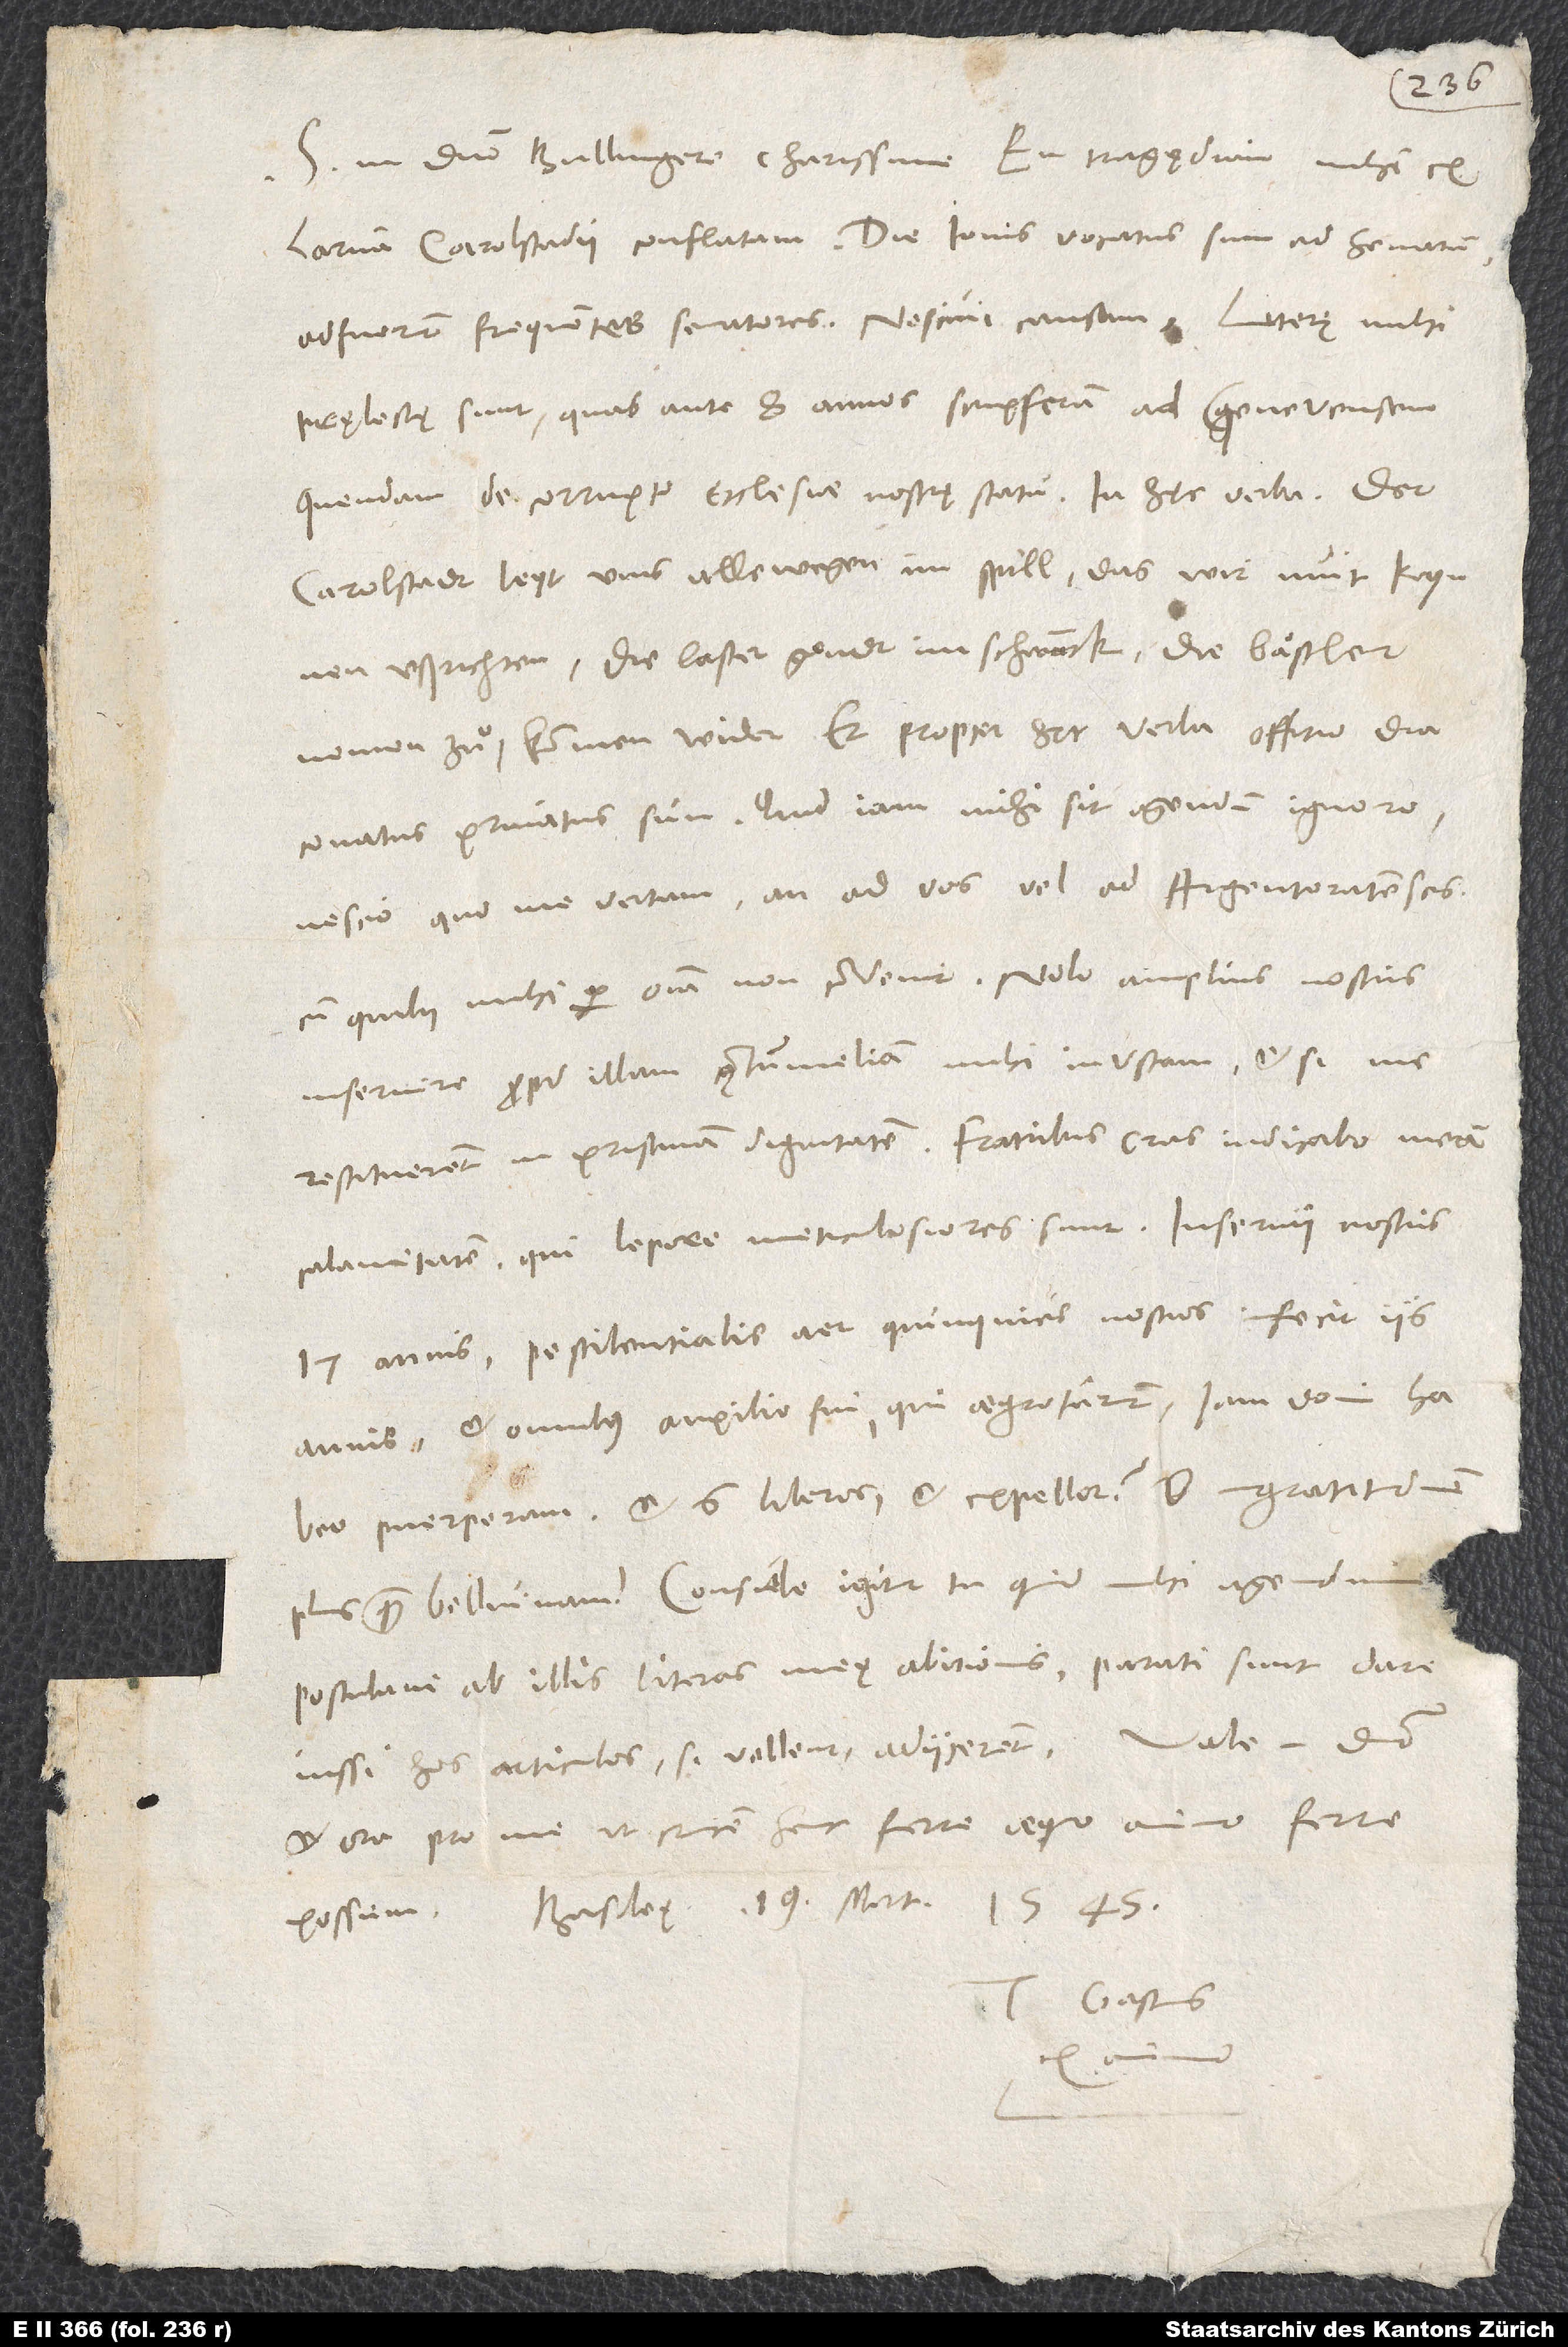
larva Carolstadii conflatam. Die iovis vocatus sum ad senatum;
adfuerunt frequentes senatores. Nescivi causam. Literę mihi
pręlectę sunt, quas ante 8 annos scripseram ad Genevensem
quendam de corrupto ecclesiae nostrę statu in hęc verba: „Der
Carolstadt leyt uns allewegen im spill, das wir nuit kynnen
ußrichten; die laster gondt im schwanck, die baͤpstler
nemen zuͦ, kommen wider.“ Et propter hęc verba offitio
diaconatus privatus sum. Quid iam mihi sit agendum, ignoro;
nescio, quo me vertam, an ad vos vel ad Argentoratenses,
cum quibus mihi per omnia non convenit. Nolo amplius nostris
inservire propter illam contumeliam mihi inustam, etsi me
restituerent in pristinam dignitatem. Fratribus cras indicabo meam
calamitatem, qui lepore meticulosiores sunt. Inservii nostris
17 annis; pestilentialis aer quinquies nostros infecit iis
annis, et omnibus auxilio fui, qui aegrotarunt. Iam domi habeo
puerperam et 6 liberos et expellor. O ingratitudinem
plusquam belluinam! Consule igitur tu, quid mihi agendum.
Postulavi ab illis literas meę abitionis. Parati sunt dare.
et ora pro me, ut crucem hanc ferre aequo animo
Basileę, 19. martii 1545.
possim.
Tuus Gastius